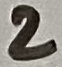
Text: 2